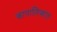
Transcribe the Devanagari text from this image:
कापालिकांत